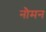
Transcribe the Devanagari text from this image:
नौमन